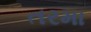
તરમા